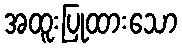
အထူးပြုထားသော